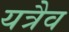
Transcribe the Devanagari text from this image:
यत्रैव